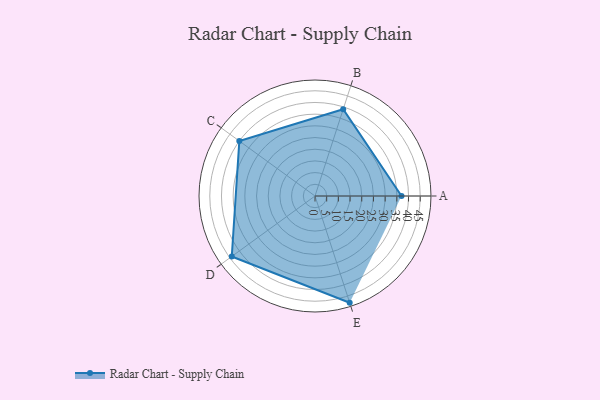
{"axis": {"x": "Skill", "y": "Score"}, "legend": ["Profile"], "data": [{"x": "A", "y": 37.0, "type": "Profile"}, {"x": "B", "y": 39.0, "type": "Profile"}, {"x": "C", "y": 40.0, "type": "Profile"}, {"x": "D", "y": 44.0, "type": "Profile"}, {"x": "E", "y": 48.0, "type": "Profile"}]}